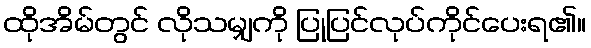
ထိုအိမ်တွင် လိုသမျှကို ပြုပြင်လုပ်ကိုင်ပေးရ၏။